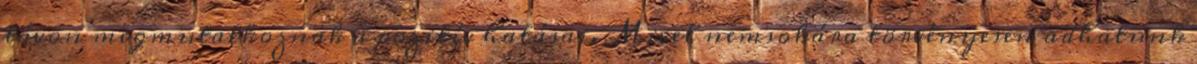
távon megmutatkoznak a pozitív hatásai. Mivel nemsokára törvényesen adhatunk